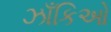
ઝાઁકિઓ